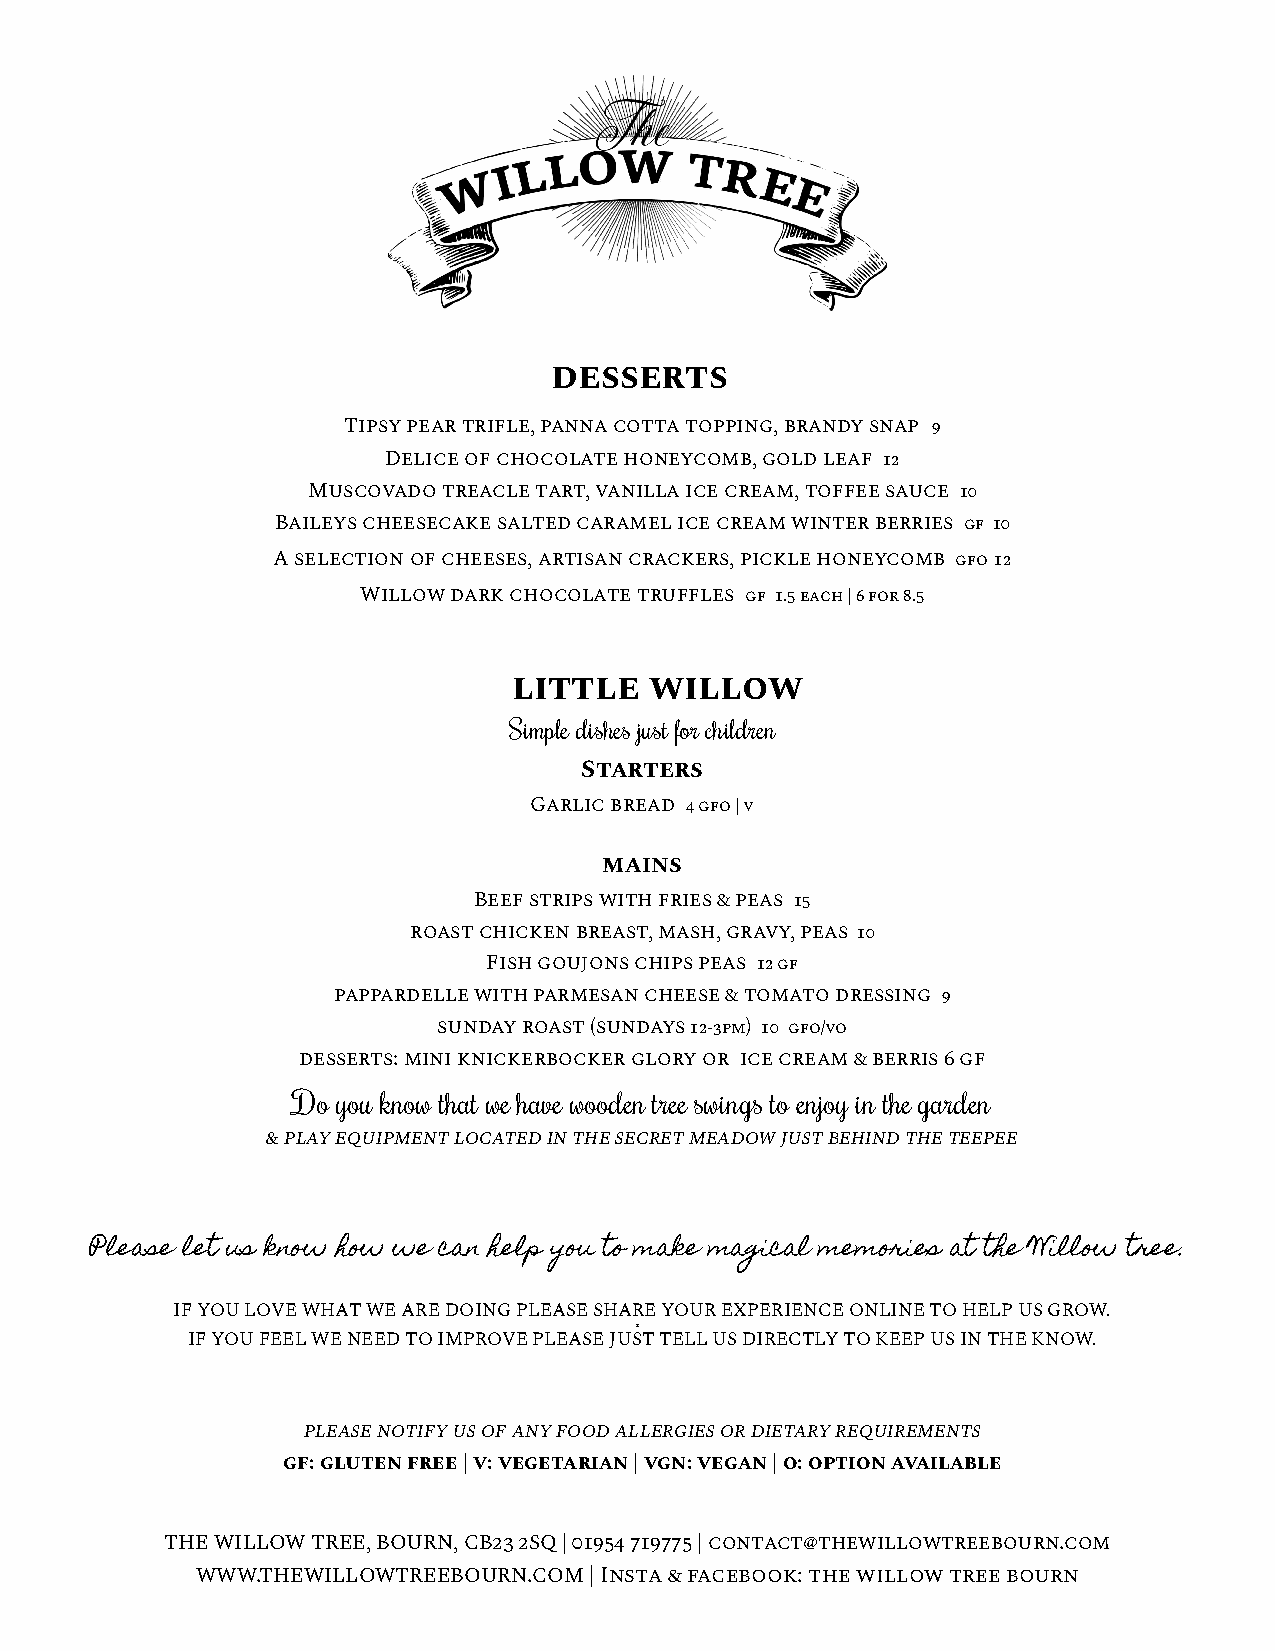
desserts
 Tipsy pear trifle, panna cotta topping, brandy snap 9
 Delice of chocolate honeycomb, gold leaf 12
 Muscovado treacle tart, vanilla ice cream, toffee sauce 10
 Baileys cheesecake salted caramel ice cream winter berries gf 10
 A selection of cheeses, artisan crackers, pickle honeycomb gfo12
 Willow dark chocolate truffles gf 1.5 each | 6 for8.5
 little   willow
 Simple dishes just for children
 Starters
 Garlic bread 4 gfo | v
 mains
 Beef strips with fries & peas 15
 roast chicken breast, mash, gravy, peas 10
 Fish goujons chips peas 12 gf
 pappardelle with parmesan cheese & tomato dressing 9
 sunday roast (sundays12-3pm) 10 gfo/vo
 desserts: mini knickerbocker glory or ice cream & berris 6 gf
 Do you know that we have wooden tree swings to enjoy in the garden
 & play equipment located in the secret meadow just behind the teepee
 Please let us know how we can help you to make magical memories at the Willow tree.
 IF YOU LOVE WHAT WE ARE DOING PLEASE SHARE YOUR EXPERIENCE ONLINE TO HELP US GROW.
 E
 IF YOU FEEL WE NEED TO IMPROVE PLEASE JUST TELL US DIRECTLY TO KEEP US IN THE KNOW.
 please notify us of any food allergies or dietary requirements
 gf: gluten free | v: vegetarian | vgn: vegan | o: option available
 THE WILLOW TREE, BOURN, CB23 2SQ | 01954 719775 | contact@thewillowtreebourn.com
 WWW.THEWILLOWTREEBOURN.COM| Insta & facebook: thewillow tree bourn